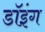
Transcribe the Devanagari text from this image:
डॉइंग